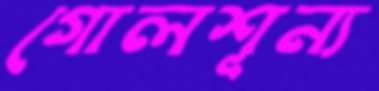
গোলশূন্য